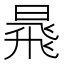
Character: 𱢗